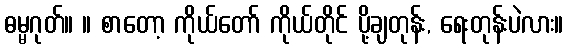
ဓမ္မဂုတ်။ ။ စာတော့ ကိုယ်တော် ကိုယ်တိုင် ပို့ချတုန်း, ရေးတုန်းပဲလား။